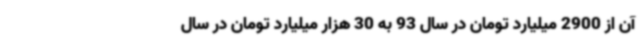
آن از 2900 میلیارد تومان در سال 93 به 30 هزار میلیارد تومان در سال